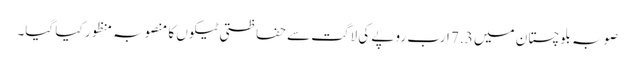
صوبہ بلوچستان میں 7.3 ارب روپے کی لاگت سے حفاظتی ٹیکوں کا منصوبہ منظور کیا گیا۔